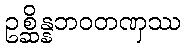
ဥစ္ဆိန္နဘဝတဏှဿ